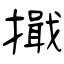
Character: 擑